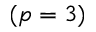
( p = 3 )